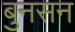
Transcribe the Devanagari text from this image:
बुनसन